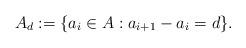
LaTeX: \begin{align*}A_d:= \{ a_i \in A : a_{i+1} - a_i=d \}.\end{align*}